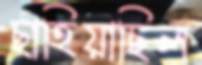
ছাহিয়াছিল